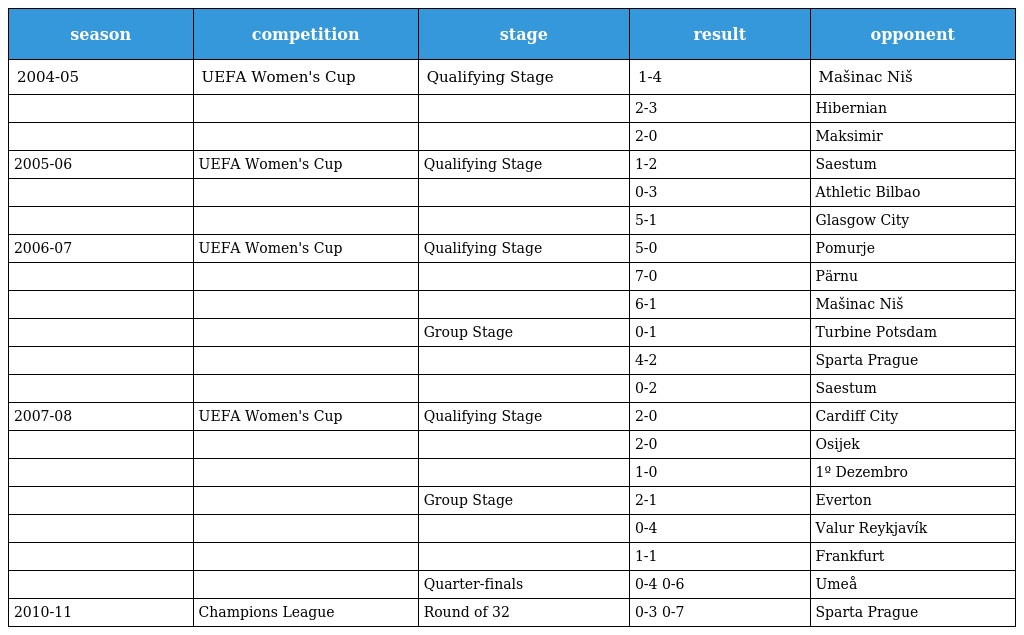
| season | competition | stage | result | opponent |
 | --- | --- | --- | --- | --- |
 | 2004-05 | UEFA Women's Cup | Qualifying Stage | 1-4 | Mašinac Niš |
 |  |  |  | 2-3 | Hibernian |
 |  |  |  | 2-0 | Maksimir |
 | 2005-06 | UEFA Women's Cup | Qualifying Stage | 1-2 | Saestum |
 |  |  |  | 0-3 | Athletic Bilbao |
 |  |  |  | 5-1 | Glasgow City |
 | 2006-07 | UEFA Women's Cup | Qualifying Stage | 5-0 | Pomurje |
 |  |  |  | 7-0 | Pärnu |
 |  |  |  | 6-1 | Mašinac Niš |
 |  |  | Group Stage | 0-1 | Turbine Potsdam |
 |  |  |  | 4-2 | Sparta Prague |
 |  |  |  | 0-2 | Saestum |
 | 2007-08 | UEFA Women's Cup | Qualifying Stage | 2-0 | Cardiff City |
 |  |  |  | 2-0 | Osijek |
 |  |  |  | 1-0 | 1º Dezembro |
 |  |  | Group Stage | 2-1 | Everton |
 |  |  |  | 0-4 | Valur Reykjavík |
 |  |  |  | 1-1 | Frankfurt |
 |  |  | Quarter-finals | 0-4 0-6 | Umeå |
 | 2010-11 | Champions League | Round of 32 | 0-3 0-7 | Sparta Prague |